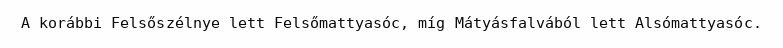
A korábbi Felsőszélnye lett Felsőmattyasóc, míg Mátyásfalvából lett Alsómattyasóc.